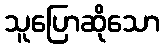
သူပြောဆိုသော